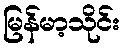
မြန်မာ့သိုင်း